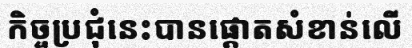
កិច្ចប្រជុំនេះបានផ្តោតសំខាន់លើ